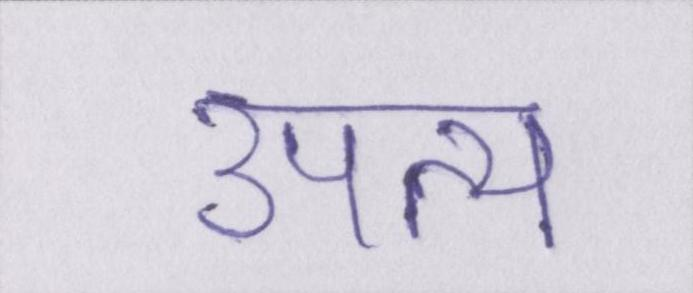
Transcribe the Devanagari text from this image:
उपत्य